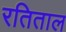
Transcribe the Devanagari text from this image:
रतिताल